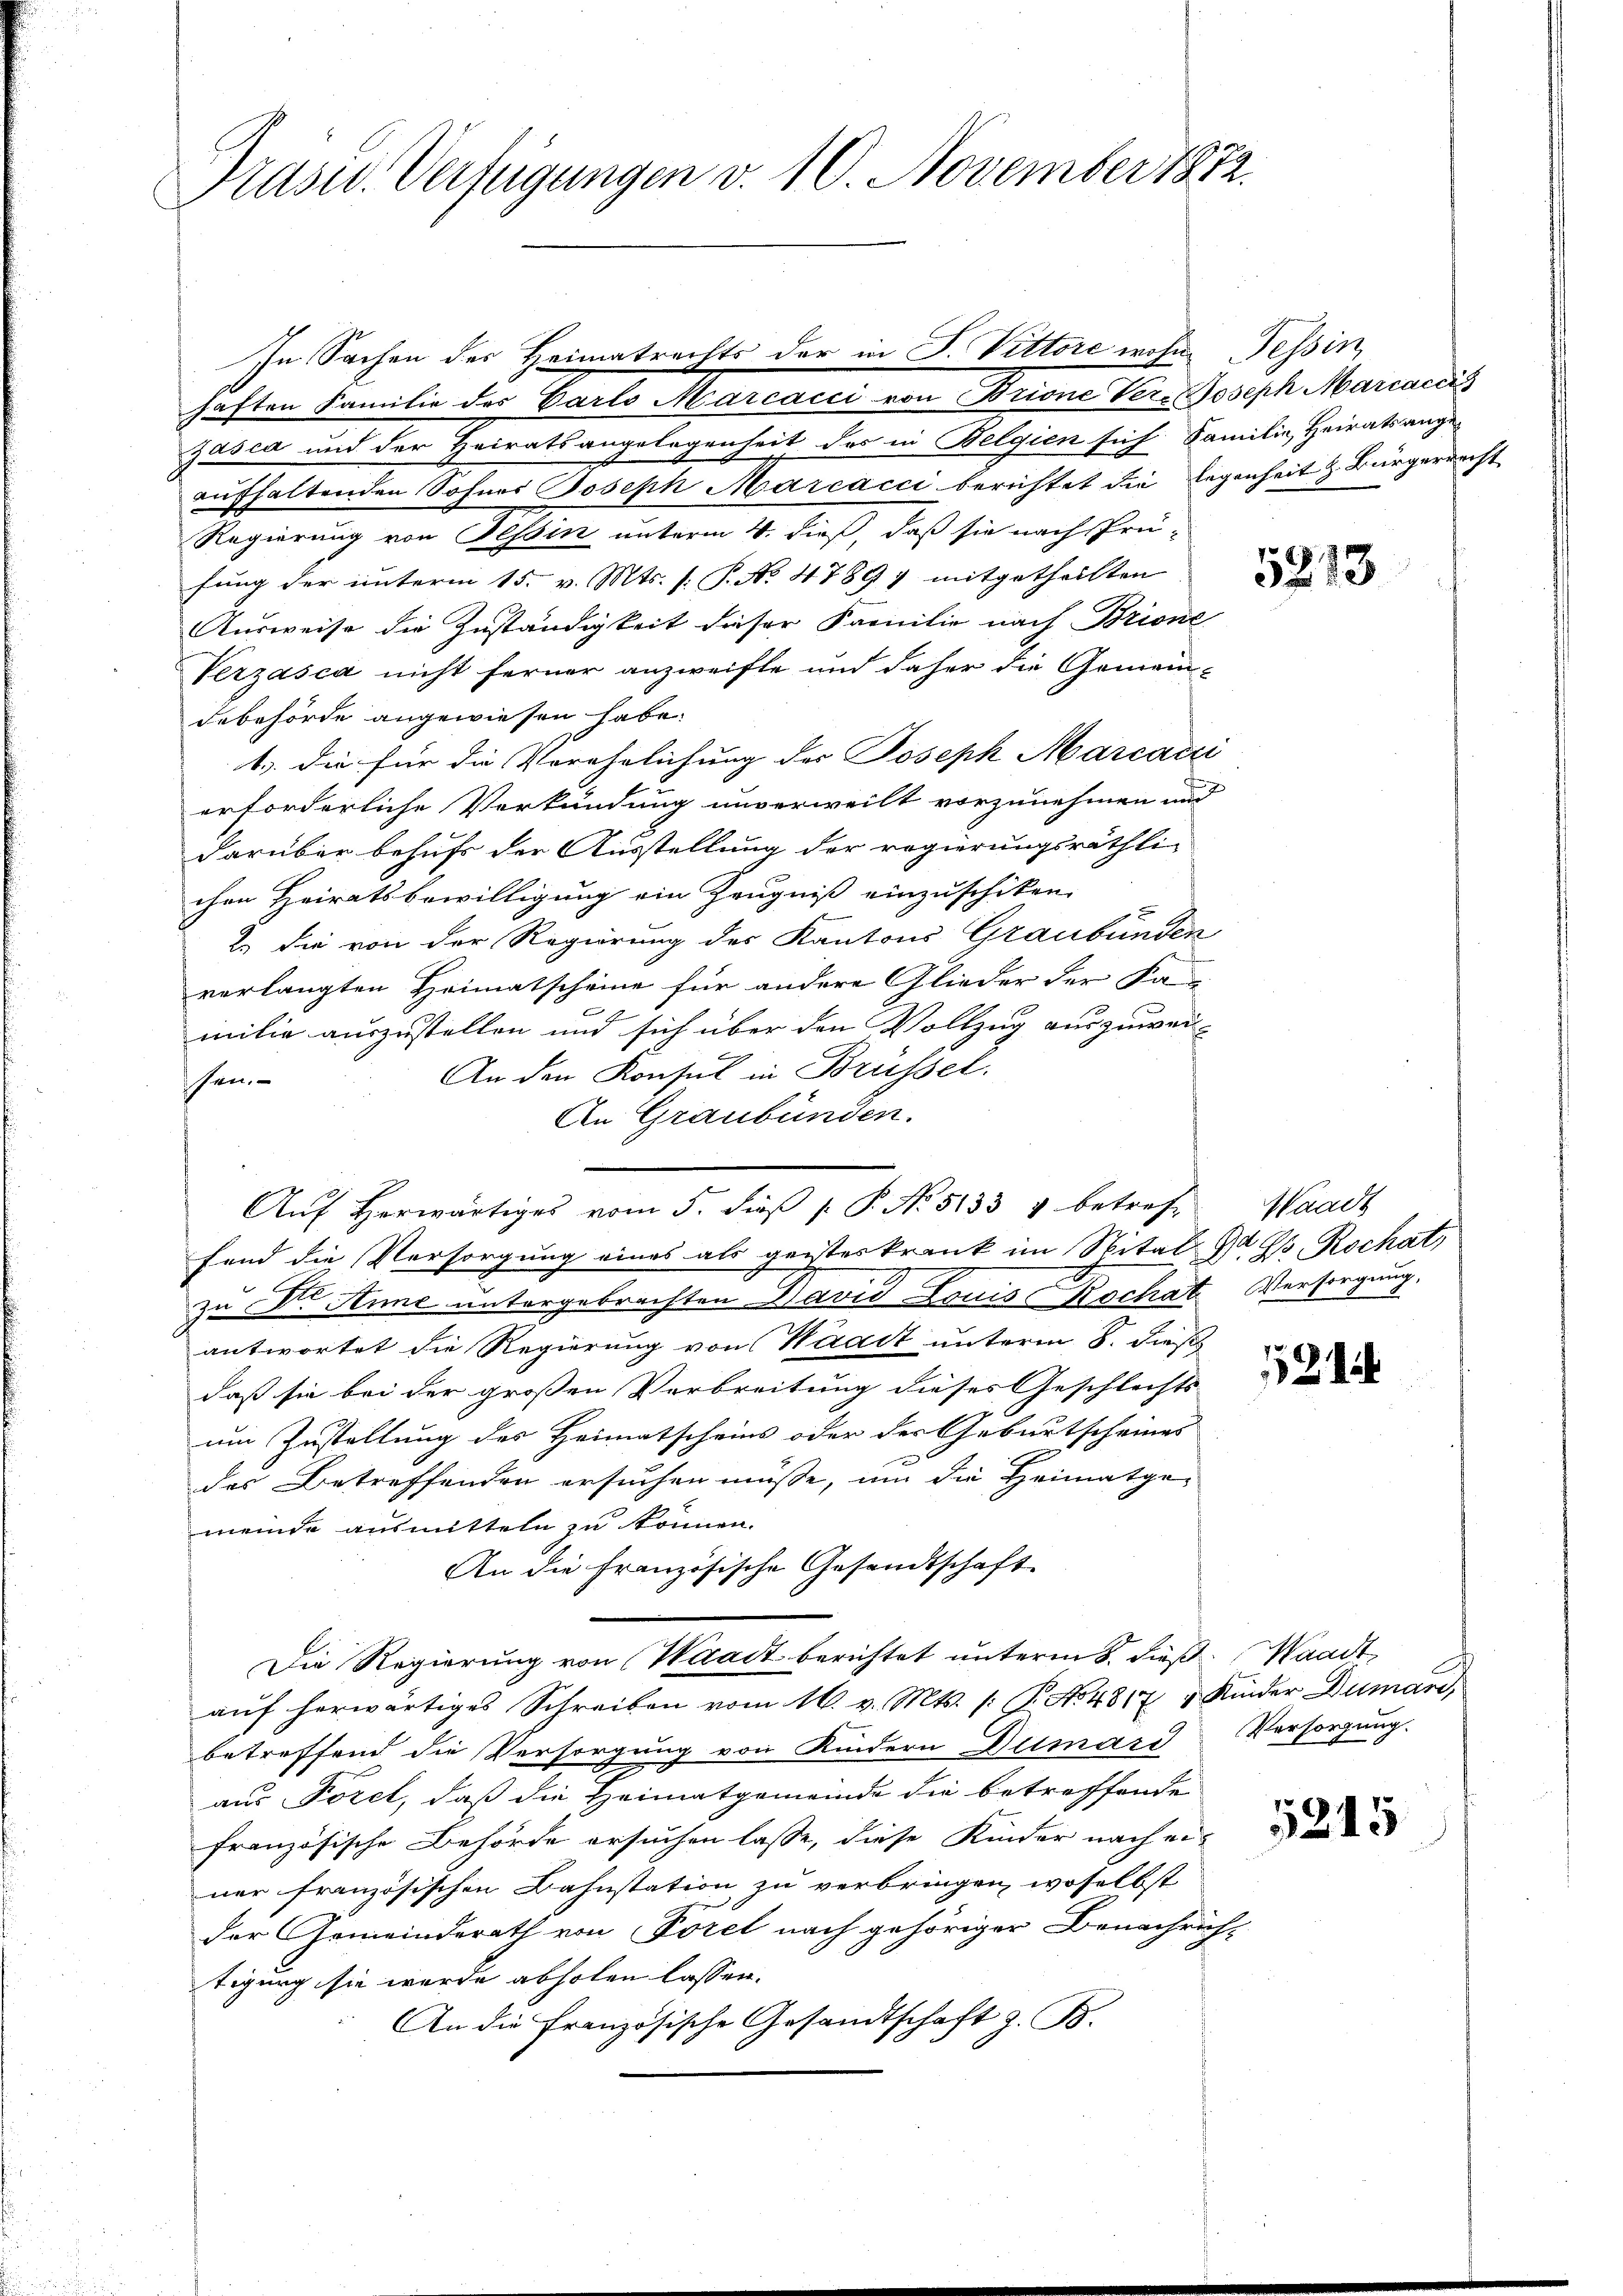
Präser. Verfügungen v. 10. November 1872.

In Sachen des Heimatrechts der in S. Vittore wohne Tessin,
haften Familie der Carlo Marcacci von Brione Ver- Joseph Marcacci
Zasca und der Heiratsangelegenheit des in Belgien sich Familie, Heirats ange-
aufhaltenden Sohnes Joseph Marcacci berichtet die legenheit & Bürgerrecht
Regierung von Tessin unterm 4. dieß, daß sie nach Prü-
fung der unterm 15. v. Mts. s. P. No. 4789) mitgetheilten
Ausweise die Zuständigkeit dieser Familie nach Brione
Verzasca nicht ferner anzweifte und daher die Gemein-
debehörde angewiesen habe.
1.) die für die Verehrlichung der Joseph Marcacci
erforderliche Verkündung unverweilt vorzunehmen und
darüber behufs der Ausstellung der regierungsräthlichen Heiratsbewilligung ein Zeugniß einzuschiken.
2. die von der Regierung des Kantons Graubünden
verlangten Heimatscheine für andere Glieder der Ka
milie auszustellen und sich über den Vollzug auszuwei-
An den Konsul in Brüssel.
schen
An Graubünden.
Aŭf herwärtiges vom 5. diβ p. P. Nr. 5133 4 betref-
fend die Versorgung eines als geisteskrank im Spital d. G. Rochat,
zu Der Anne untergebrachten David Louis Bochat Versorgung.
antwortet die Regierung von Waadt unterm 8. dieß
daß sie bei der großen Verbreitung dieses Geschlechts-
um Zustellung des Heimatscheins oder der Geburtscheines
des Betreffenden ersuchen müsse, um die Heimatge-
meinde ausmitteln zu können.
An die Französische Gesandtschaft
Die Regierung von Waadt berichtet unterm 8. dieß (Waadt,
auf herwärtiges Schreiben vom 16. v. Mts. /: P. No 4817, 4 Kinder Dumari,
betreffend die Versorgung von Kindern Dumari
aus Föret, daß die Heimatgemeinde die betreffende
französische Behörde ersuchen lasse, diese Kinder nach einer französischen Bahnstation zu verbringen, woselbst
der Gemeinderath von Vorel nach gehöriger Benechre
tigung sie wurde abholen lassen.
An die Französische Gesandtschaft z. B.

E

5213

Waadt

121

Versorgung.

5245